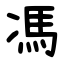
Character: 馮